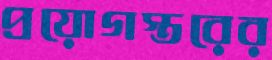
প্রয়োগস্তরের